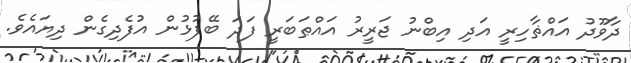
ދާވޫދު އައްޡާހިރީ އަދި އިބްނު ޖަރީރު އައްޠަބަރީ ފަދަ ބޭފުޅުން އުފެދިގެން ދިޔައެވެ.